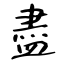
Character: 盡